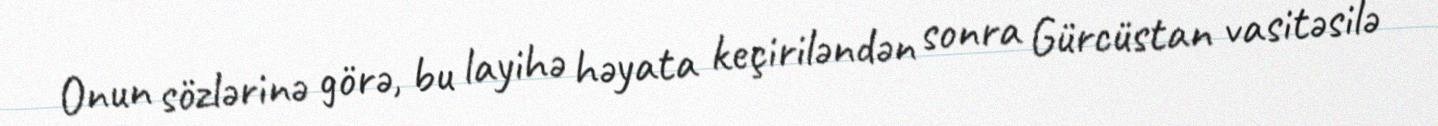
Onun sözlərinə görə, bu layihə həyata keçiriləndən sonra Gürcüstan vasitəsilə